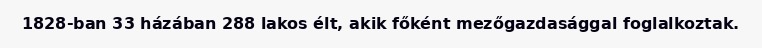
1828-ban 33 házában 288 lakos élt, akik főként mezőgazdasággal foglalkoztak.